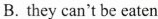
B. they can't be eaten